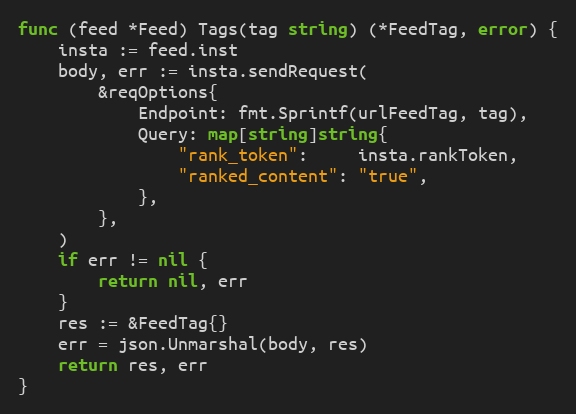
Language: Go
func (feed *Feed) Tags(tag string) (*FeedTag, error) {
	insta := feed.inst
	body, err := insta.sendRequest(
		&reqOptions{
			Endpoint: fmt.Sprintf(urlFeedTag, tag),
			Query: map[string]string{
				"rank_token":     insta.rankToken,
				"ranked_content": "true",
			},
		},
	)
	if err != nil {
		return nil, err
	}
	res := &FeedTag{}
	err = json.Unmarshal(body, res)
	return res, err
}